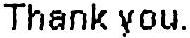
THANK YOU.